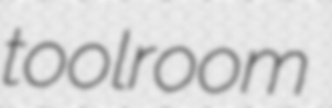
toolroom